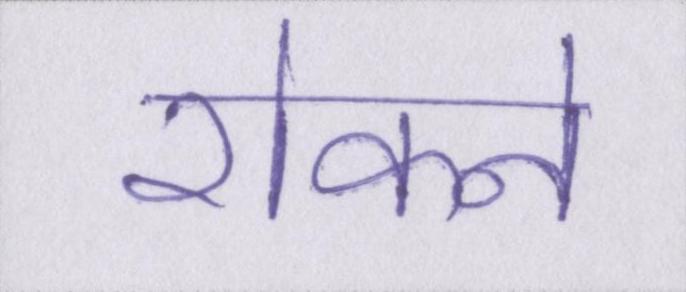
रोकने